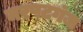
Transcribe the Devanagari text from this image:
नरपटगंज